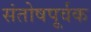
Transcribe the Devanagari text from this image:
संतोषपूर्वक